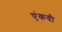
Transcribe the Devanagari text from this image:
एंकवी